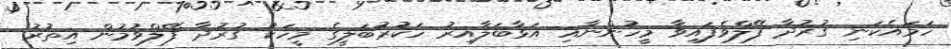
ހަމައެކަނި ގުރުދާ ފޭލްވެފައިވާ މީހުންނާއި އަޅާބަލާއިރު ހަކުރުބަލީގެ މީހަކު ގުރުދާ ފޭލްވުމުން އިތުރު